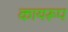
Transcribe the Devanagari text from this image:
कायरूप